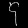
Digit: ၄